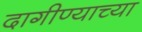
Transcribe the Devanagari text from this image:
दागीण्याच्या